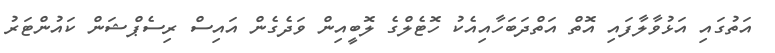
އަތުގައި އަޅުވާލާފައި އޮތް އަތްދަބަހާއިއެކު ހޮޓެލްގެ ލޮބީއިން ވަދެގެން އައިސް ރިސެޕްޝަން ކައުންޓަރު